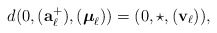
\begin{align*}d(0, (\mathbf a^+_{\ell}),(\boldsymbol \mu_{\ell}))=(0,\star,(\mathbf v_{\ell})),\end{align*}